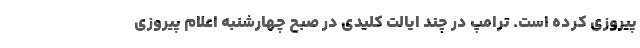
پیروزی کرده است. ترامپ در چند ایالت کلیدی در صبح چهارشنبه اعلام پیروزی